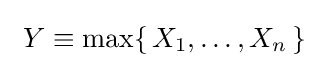
\ Y\equiv \max\{\,X_{1},\ldots ,X_{n}\,\}\